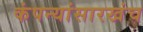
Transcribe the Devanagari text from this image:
कंपन्यांसारखंच